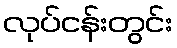
လုပ်ငန်းတွင်း